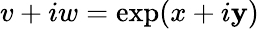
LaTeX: v+iw=\exp(x+i\mathbf{y})